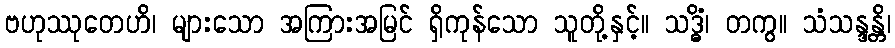
ဗဟုဿုတေဟိ၊ များသော အကြားအမြင် ရှိကုန်သော သူတို့နှင့်။ သဒ္ဓိံ၊ တကွ။ သံသန္ဒန္တိ၊